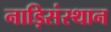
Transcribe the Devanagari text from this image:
नाड़िसंस्थान